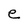
Character: e